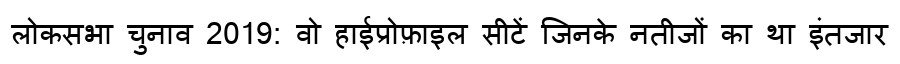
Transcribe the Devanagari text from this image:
लोकसभा चुनाव 2019: वो हाईप्रोफ़ाइल सीटें जिनके नतीजों का था इंतजार